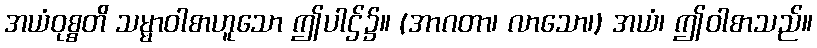
အယံဝုစ္စတိ သမ္မာဝါစာဟူသော ဤပါဌ်၌။ (အာဂတာ၊ လာသော၊) အယံ၊ ဤဝါစာသည်။